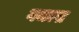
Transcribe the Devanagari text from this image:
गजल्स